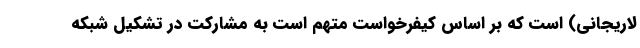
لاریجانی) است که بر اساس کیفرخواست متهم است به مشارکت در تشکیل شبکه